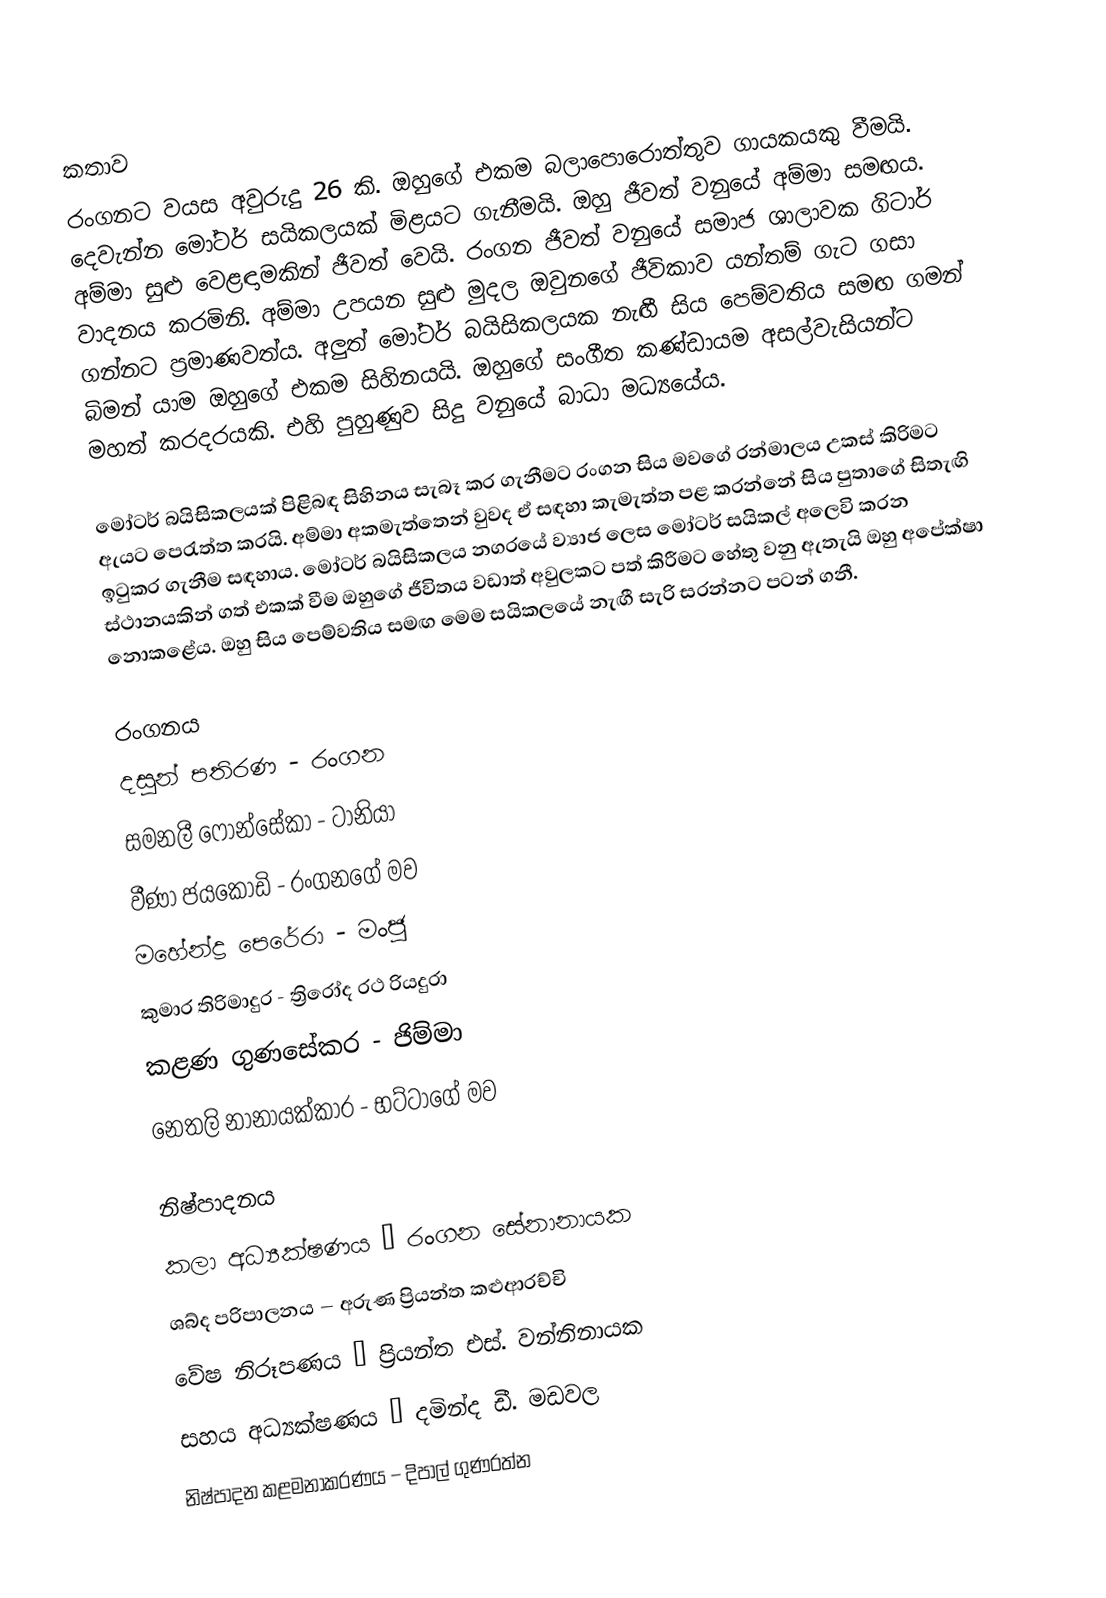

කතාව
රංගනට වයස අවුරුදු 26 කි. ඔහුගේ එකම බලාපොරොත්තුව ගායකයකු වීමයි. දෙවැන්න මෝටර් සයිකලයක් මිළයට ගැනීමයි. ඔහු ජීවත් වනුයේ අම්මා සමඟය. අම්මා සුළු වෙළඳාමකින් ජීවත් වෙයි. රංගන ජීවත් වනුයේ සමාජ ශාලාවක ගිටාර් වාදනය කරමිනි. අම්මා උපයන සුළු මුදල ඔවුනගේ ජීවිකාව යන්තම් ගැට ගසා ගන්නට ප්‍රමාණවත්ය. අලුත් මෝටර් බයිසිකලයක නැඟී සිය පෙම්වතිය සමඟ ගමන් බිමන් යාම ඔහුගේ එකම සිහිනයයි. ඔහුගේ සංගීත කණ්ඩායම අසල්වැසියන්ට මහත් කරදරයකි. එහි පුහුණුව සිදු වනුයේ බාධා මධ්‍යයේය.

මෝටර් බයිසිකලයක් පිළිබඳ සිහිනය සැබෑ කර ගැනීමට රංගන සිය මවගේ රන්මාලය උකස් කිරිමට ඇයට පෙරැත්ත කරයි. අම්මා අකමැත්තෙන් වුවද ඒ සඳහා කැමැත්ත පළ කරන්නේ සිය පුතාගේ සිතැඟි ඉටුකර ගැනීම සඳහාය. මෝටර් බයිසිකලය නගරයේ ව්‍යාජ ලෙස මෝටර් සයිකල් අලෙවි කරන ස්ථානයකින් ගත් එකක් වීම ඔහුගේ ජීවිතය වඩාත් අවුලකට පත් කිරීමට හේතු වනු ඇතැයි ඔහු අපේක්ෂා නොකළේය. ඔහු සිය පෙම්වතිය සමඟ මෙම සයිකලයේ නැඟී සැරි සරන්නට පටන් ගනී.

රංගනය
දසුන් පතිරණ - රංගන
සමනලී ෆොන්සේකා - ටානියා
වීණා ජයකොඩි - රංගනගේ මව
මහේන්ද්‍ර පෙරේරා - මංජු
කුමාර තිරිමාදුර - ත්‍රිරෝද රථ රියදුරා
කළණ ගුණසේකර - ජිම්මා
නෙතලි නානායක්කාර - භට්ටාගේ මව

නිෂ්පාදනය
කලා අධ්‍යක්ෂණය – රංගන සේනානායක
ශබ්ද පරිපාලනය – අරුණ ප්‍රියන්ත කළුආරච්චි
වේෂ නිරූපණය – ප්‍රියන්ත එස්. වන්නිනායක
සහය අධ්‍යක්ෂණය – දමින්ද ඩී. මඩවල
නිෂ්පාදන කළමනාකරණය – දිපාල් ගුණරත්න